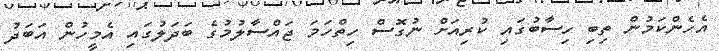
އެހެންކަމުން ތިބި ހިސާބުގައި ކުރިއަށް ނުގޮސް ހިތްހަމަ ޖައްސާލުމުގެ ބަދަލުގައި އެމީހުން އަބަދު